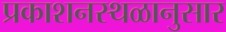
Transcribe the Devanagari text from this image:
प्रकाशनस्थळानुसार